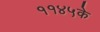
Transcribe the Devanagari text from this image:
११४५के